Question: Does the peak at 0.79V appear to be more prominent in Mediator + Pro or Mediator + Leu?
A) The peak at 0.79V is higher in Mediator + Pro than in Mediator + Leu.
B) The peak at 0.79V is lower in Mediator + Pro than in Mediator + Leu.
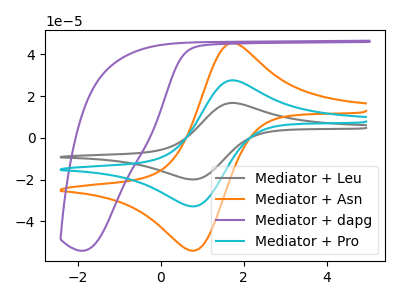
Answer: <think>The gray curve "Mediator + Leu" has an anodic peak at (1.70V, 55.05uA) and a cathodic peak at (0.80V, -65.60uA). The orange curve "Mediator + Asn" has an anodic peak at (1.70V, 45.35uA) and a cathodic peak at (0.80V, -54.05uA). The purple curve "Mediator + dapg" has no peaks. The cyan curve "Mediator + Pro" has an anodic peak at (1.70V, 27.50uA) and a cathodic peak at (0.80V, -32.80uA).</think>
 <answer>B) The peak at 0.79V is lower in "Mediator + Pro" than in "Mediator + Leu".</answer>
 <eval>B</eval>